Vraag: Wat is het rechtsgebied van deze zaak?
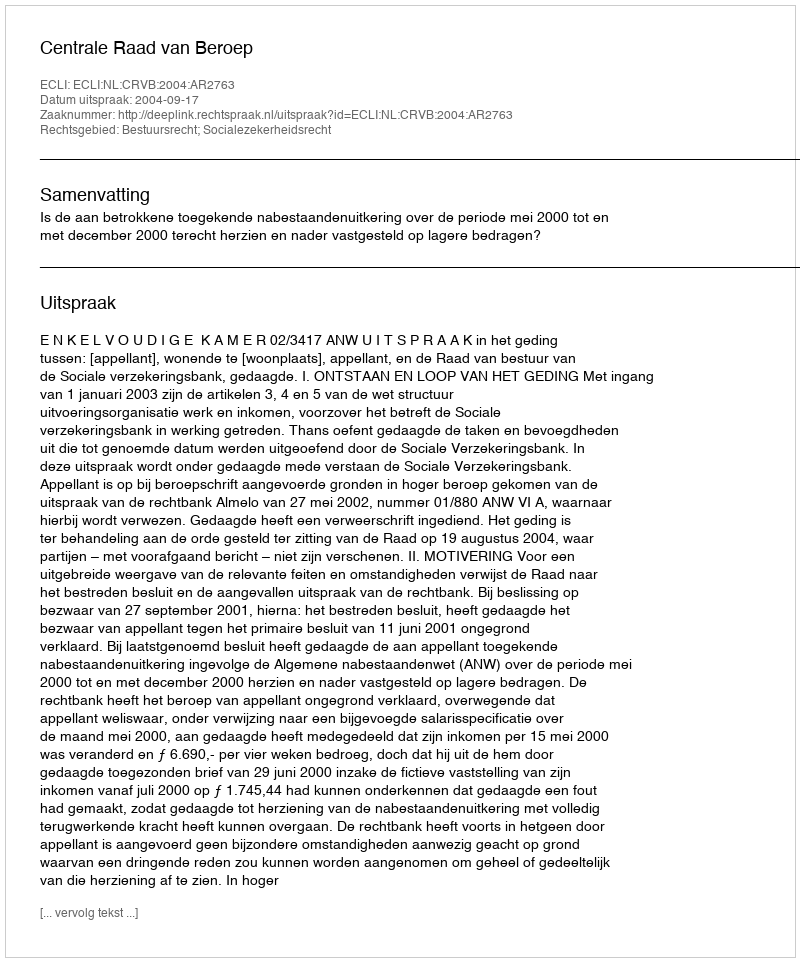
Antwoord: Bestuursrecht; Socialezekerheidsrecht